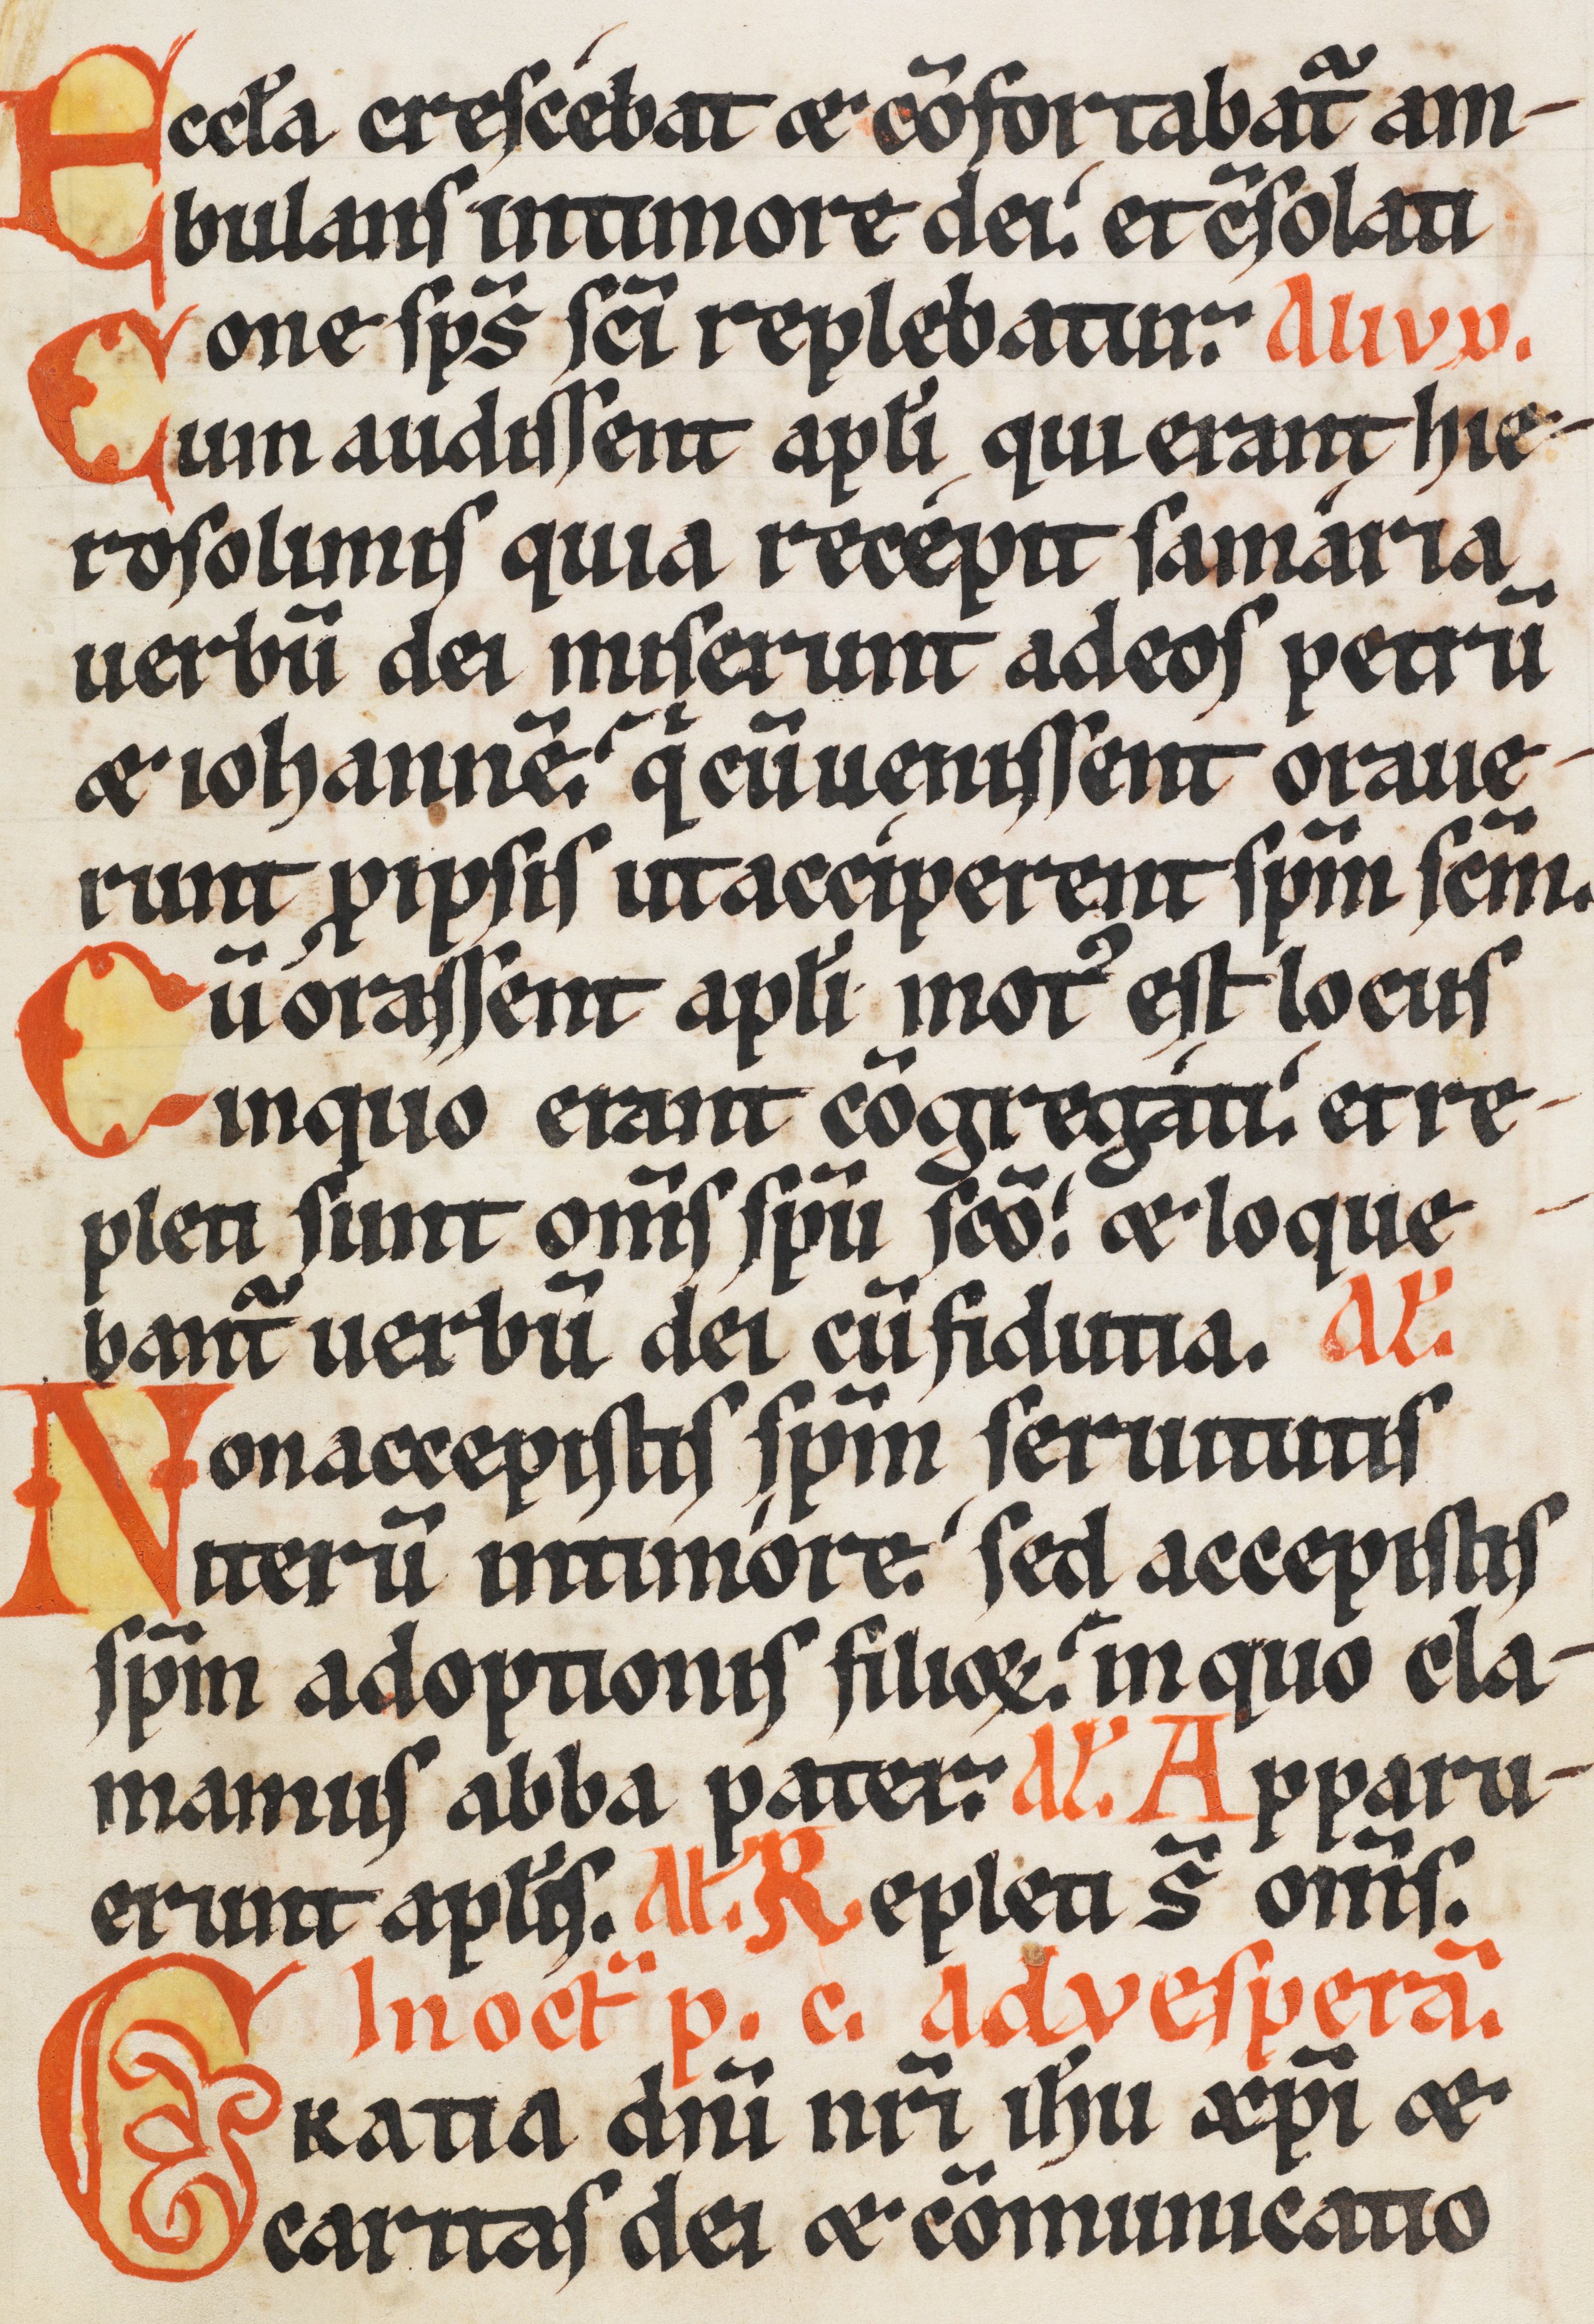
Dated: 1170–1230